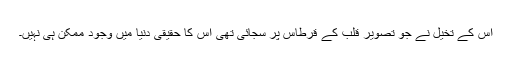
اس کے تخیل نے جو تصویر قلب کے قرطاس پر سجائی تھی اس کا حقیقی دنیا میں وجود ممکن ہی نہیں۔